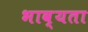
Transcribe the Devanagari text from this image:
भाव्‍यता